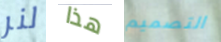
لنر هذا التصميم